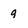
Character: 9